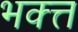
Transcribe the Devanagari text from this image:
भक्त्त